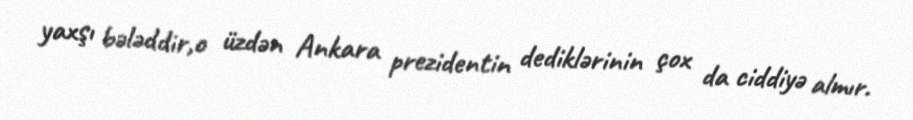
yaxşı bələddir,o üzdən Ankara prezidentin dediklərinin çox da ciddiyə almır.